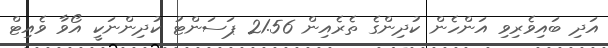
އަދި ބައިވެރިވި އަންހެން ކުދިންގެ ތެރެއިން 21.56 ޕަސަންޓު ކުދިންނަކީ އޯވާ ވެއިޓް